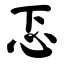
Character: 忑